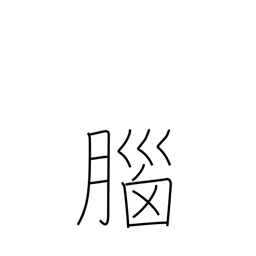
Meaning: memory